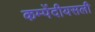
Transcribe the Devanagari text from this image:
कम्पेंदीयसली